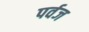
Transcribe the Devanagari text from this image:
पर्वज